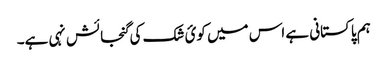
ہم پاکستانی ہے اس میں کوئ شک کی گنجائش نہی ہے۔